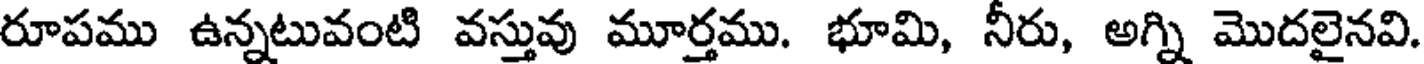
రూపము ఉన్నటువంటి వస్తువు మూర్తము. భూమి, నీరు, అగ్ని మొదలైనవి.